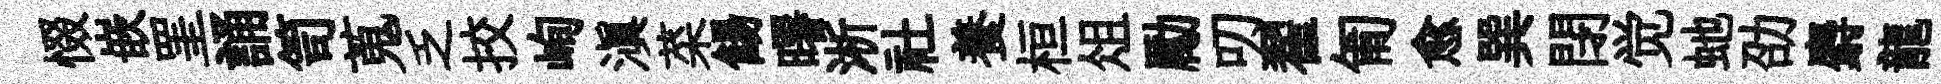
惙嵌罣誦笥蒐乏挍峋滇菜餳曙淅社養桓俎勵叨翟匍愈巽閉觉虵劭麝龍